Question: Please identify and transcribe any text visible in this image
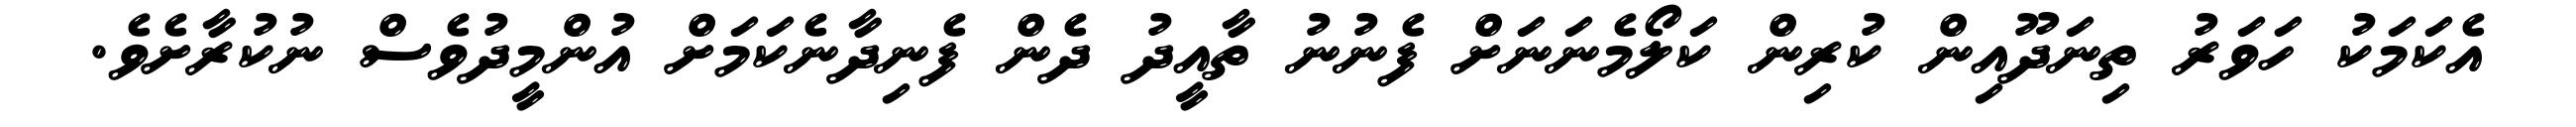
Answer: އެކަމަކު ހަވަރު ތިނަދޫއިން ކުރިން ކަލޯމެނަނަށް ފެނުނު ތާއީދު ދެން ފެނިދާނެކަމަށް އުންމީދުވެސް ނުކުރާށެވެ.